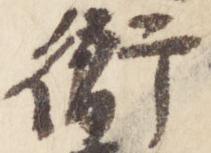
衙